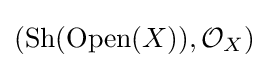
({\text{Sh}}({\text{Open}}(X)),{\mathcal {O}}_{X})